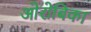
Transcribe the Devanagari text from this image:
ओरोबिका